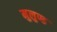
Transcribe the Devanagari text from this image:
मुलुण्ड